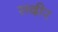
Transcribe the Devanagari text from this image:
सदीर